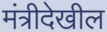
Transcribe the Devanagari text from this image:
मंत्रीदेखील